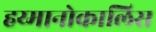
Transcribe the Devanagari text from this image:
हय्मानोकालिस